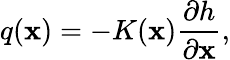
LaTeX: {q}(\mathbf{x})=-K(\mathbf{x})\frac{{{\partial{h}}}}{{{\partial{\mathbf{x}}}}},